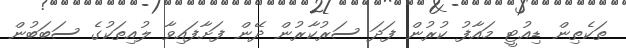
ތަކެތިން ޑިއުޓީ މައާފު ކުރުން ފަދަ ސަރުކާރުން ދޭން ފަށާފައިވާ ލުއިތަކުގެ ސަބަބުން